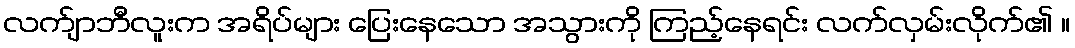
လက်ျာဘီလူးက အရိပ်များ ပြေးနေသော အသွားကို ကြည့်နေရင်း လက်လှမ်းလိုက်၏ ။